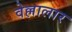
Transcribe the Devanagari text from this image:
वेल्लालार